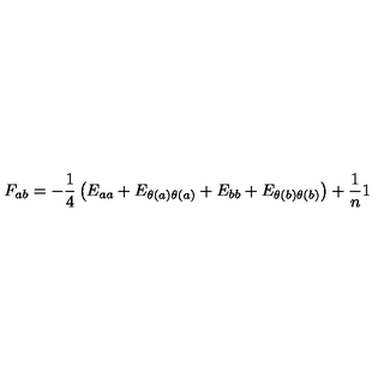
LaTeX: F _ { a b } = - { \frac { 1 } { 4 } } \left( E _ { a a } + E _ { \theta ( a ) \theta ( a ) } + E _ { b b } + E _ { \theta ( b ) \theta ( b ) } \right) + { \frac { 1 } { n } } 1